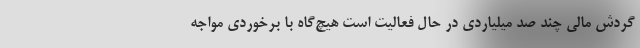
گردش مالي چند صد ميلياردي در حال فعاليت است هيچ‌گاه با برخوردي مواجه